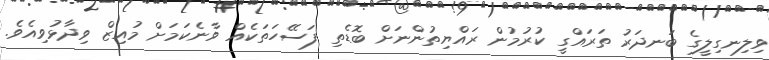
ވިލިނގިލީގެ ބަނދަރު ތަރައްގީ ކުރުމުން ރައްޔިތުންނަށް ބޮޑެތި ފަސޭހަތަކެއް ވާނެކަމަށް މުއިޒް ވިދާޅުވިިއެވެ.